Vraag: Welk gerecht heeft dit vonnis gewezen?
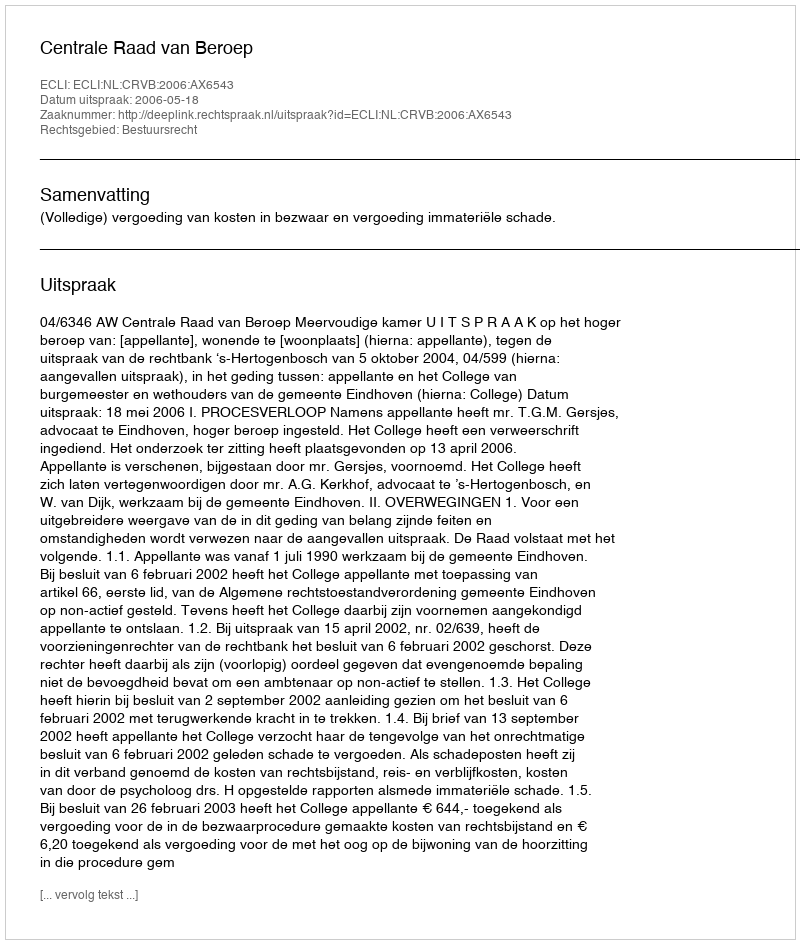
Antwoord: Centrale Raad van Beroep